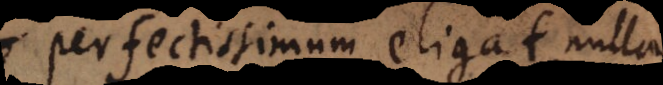
perfectissimum eligat, nulla